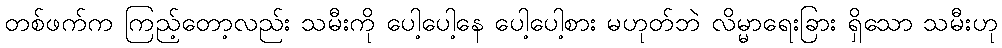
တစ်ဖက်က ကြည့်တော့လည်း သမီးကို ပေါ့ပေါ့နေ ပေါ့ပေါ့စား မဟုတ်ဘဲ လိမ္မာရေးခြား ရှိသော သမီးဟု